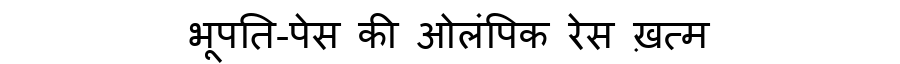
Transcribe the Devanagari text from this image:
भूपति-पेस की ओलंपिक रेस ख़त्म